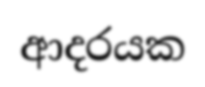
ආදරයක